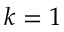
k = 1